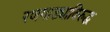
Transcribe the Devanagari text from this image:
रणगाड्याविरुद्ध